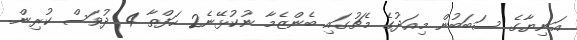
އަނިޔާގެ ސަބަބުން މިއަދުގެ މެޗުގައި ބެންޒެމާ ނުކުޅޭނެ2 ހަފްތާ 4 ދުވަސް ކުރިން.